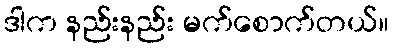
ဒါက နည်းနည်း မက်စောက်တယ်။